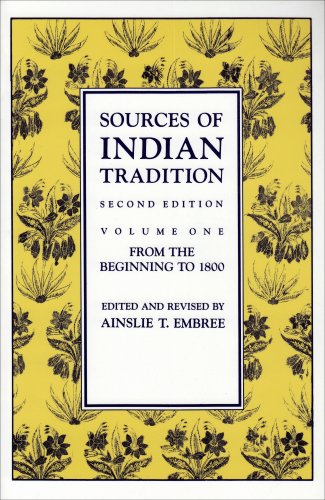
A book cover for Sources of Indian Tradition, Vol. 1: From the Beginning to 1800 (Introduction to Oriental Civilizations) (Volume 1); History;